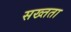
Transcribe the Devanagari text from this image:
सख्तता